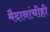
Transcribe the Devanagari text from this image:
मैदानांचीही